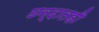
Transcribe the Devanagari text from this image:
छन्दातही